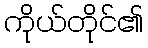
ကိုယ်တိုင်၏